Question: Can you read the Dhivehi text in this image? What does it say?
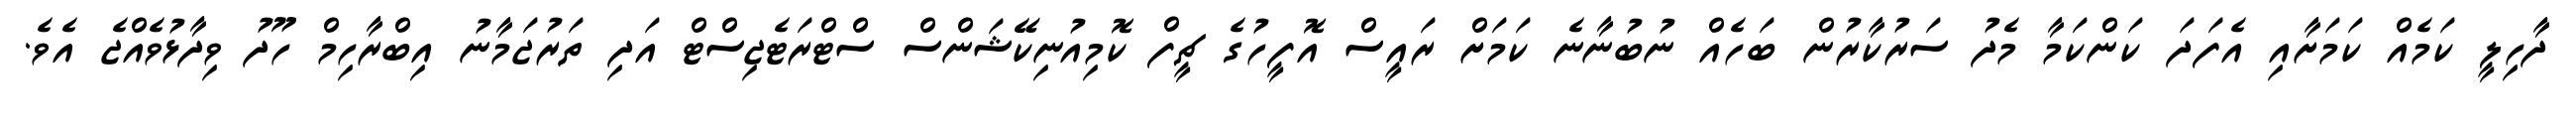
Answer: ދާހިލީ ކަމެއް ކަމަށާއި އެފަދަ ކަންކަމާ މެދު ސަރުކާރުން ބަހެއް ނުބުނާނެ ކަމަށް ރައީސް އޮފީހުގެ ޗީފް ކޮމިއުނިކޭޝަންސް ސްޓްރަޓެޖިސްޓް އަދި ތަރުޖަމާނު އިބްރާހިމް ހޫދު ވިދާޅުވެއްޖެ އެވެ.